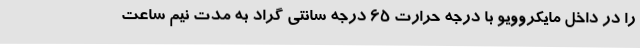
را در داخل مایکروویو با درجه حرارت 65 درجه سانتی گراد به مدت نیم ساعت